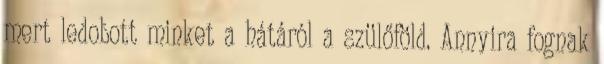
mert ledobott minket a hátáról a szülőföld. Annyira fognak